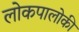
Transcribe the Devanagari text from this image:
लोकपालोकी